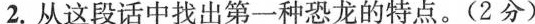
2.从这段话中找出第一种恐龙的特点。(2分)